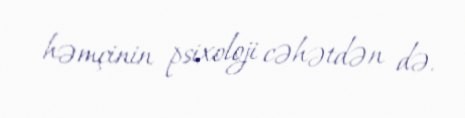
həmçinin psixoloji cəhətdən də.